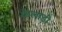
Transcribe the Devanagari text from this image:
केलाड़ी